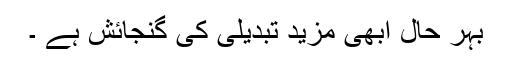
بہر حال ابھی مزید تبدیلی کی گنجائش ہے ۔